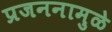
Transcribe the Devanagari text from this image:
प्रजननामुळे